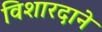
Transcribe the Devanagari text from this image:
विशारदाने